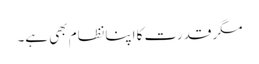
مگر قدرت کا اپنانظام بھی ہے۔